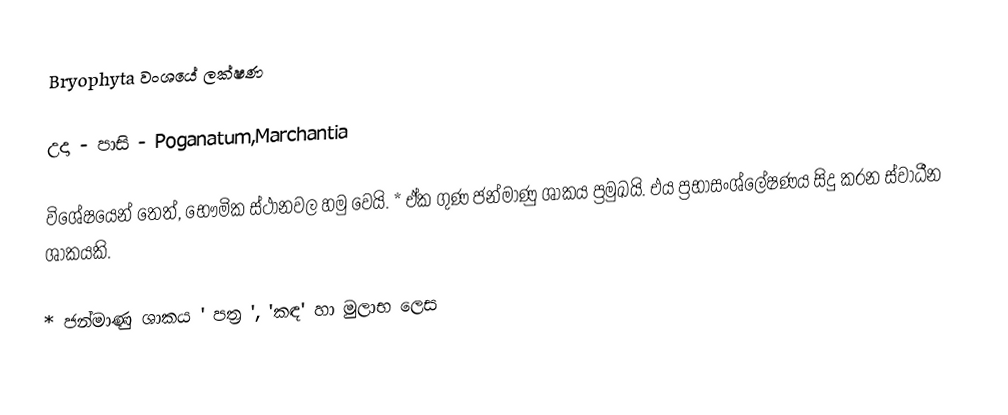
Bryophyta වංශයේ ලක්ෂණ

උදා - පාසි - Poganatum,Marchantia

විශේෂයෙන් තෙත්, භෞමික ස්ථානවල හමු වෙයි. * ඒක ගුණ ජන්මාණු ශාකය ප්‍රමුඛයි. එය ප්‍රභාසංශ්ලේෂණය සිදු කරන ස්වාධීන ශාකයකි.

* ජන්මාණු ශාකය ' පත්‍ර ', 'කඳ' හා මුලාභ ලෙස